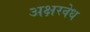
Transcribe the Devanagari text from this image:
अक्षरवेध